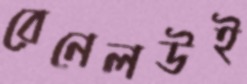
রেনেলউই